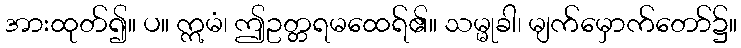
အားထုတ်၍။ ပ။ ဣမံ၊ ဤဥတ္တရမထေရ်၏။ သမ္မုခါ၊ မျက်မှောက်တော်၌။